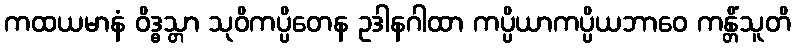
ကထယမာနံ ဝိဒ္ဓသ္တာ သုဝိကပ္ပိတေန ဥဒါနဂါထာ ကပ္ပိယာကပ္ပိယဘာဝေ ကန္တိံသူတိ